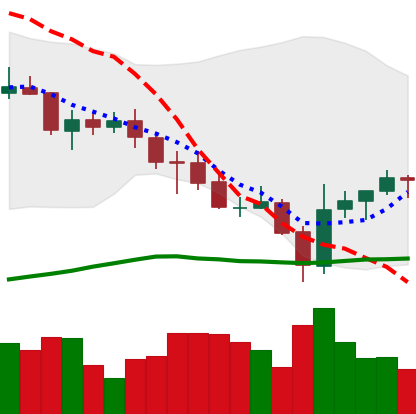
Ticker: ADA-USD
Chart end date: 2021-07-25
Forward return: 6.549%
Label: up_5_7